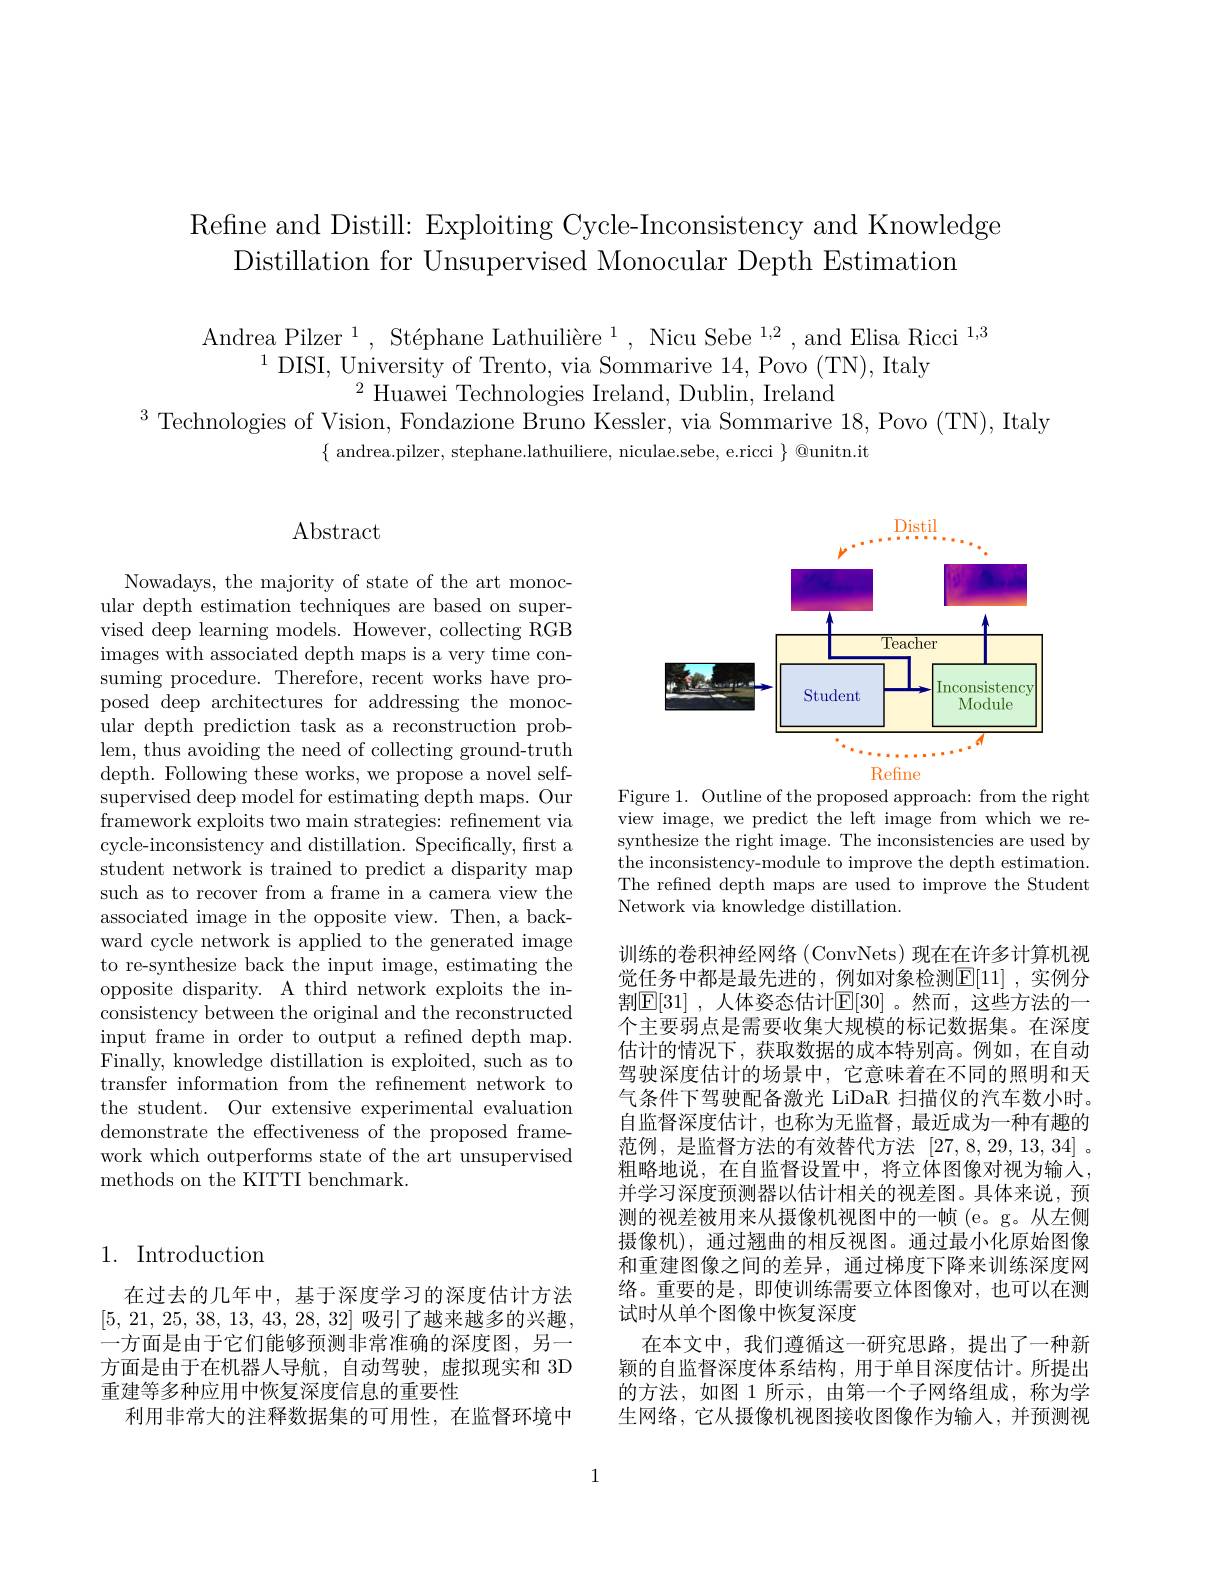
Refine and Distill: Exploiting Cycle-Inconsistency and Knowledge
Distillation for Unsupervised Monocular Depth Estimation

Andrea Pilzer$^1,\text{St\'{e}phaneLathuili\`{e}re}^1$,Nicu Sebe$^1,2$,andElisa Ricci$^1,3$
$^{1}$DISI, University of Trento, via Sommarive 14,Povo (TN), Italy
$^{2}$Huawei Technologies Ireland, Dublin, Ireland
$^{3}$Technologies of Vision, Fondazione Bruno Kessler, via Sommarive 18, Povo (TN), Italy
$\{$ andrea.pilzer, stephane.lathuiliere, niculae.sebe, e.ricci $\}$@unitn.it

# Abstract

<FigureHere>
Figure 1. Outline of the proposed approach: from the right

view image, we predict the left image from which we resynthesize the right image. The inconsistencies are used by the inconsistency-module to improve the depth estimation. The refined depth maps are used to improve the Student Network via knowledge distillation.

Nowadays, the majority of state of the art monocular depth estimation techniques are based on supervised deep learning models. However, collecting RGB images with associated depth maps is a very time consuming procedure. Therefore, recent works have proposed deep architectures for addressing the monocular depth prediction task as a reconstruction problem, thus avoiding the need of collecting ground-truth depth. Following these works, we propose a novel selfsupervised deep model for estimating depth maps. Our framework exploits two main strategies: refinement via cycle-inconsistency and distillation. Specifically, frst a student network is trained to predict a disparity map such as to recover from a frame in a camera view the associated image in the opposite view. Then, a backward cycle network is applied to the generated image to re-synthesize back the input image, estimating the opposite disparity. A third network exploits the inconsistency between the original and the reconstructed input frame in order to output a refined depth map. Finally, knowledge distillation is exploited, such as to transfer information from the refinement network to the student. Our extensive experimental evaluation demonstrate the effectiveness of the proposed framework which outperforms state of the art unsupervised methods on the KITTI benchmark.

训练的卷积神经网络(ConvNets)现在在许多计算机视觉任务中都是最先进的，例如对象检测$\boxed[11]$ ,实例分割$\boxed{\mathrm{E}}[31]$ ,人体姿态估计$\boxed{\mathrm{E}}[30]$ 。然而，这些方法的一个主要弱点是需要收集大规模的标记数据集。在深度估计的情况下，获取数据的成本特别高。例如，在自动驾驶深度估计的场景中，它意味着在不同的照明和天气条件下驾驶配备激光 LiDaR 扫描仪的汽车数小时。自监督深度估计，也称为无监督，最近成为一种有趣的范例，是监督方法的有效替代方法[27,8,29,13,34] 。粗略地说，在自监督设置中，将立体图像对视为输入， 并学习深度预测器以估计相关的视差图。具体来说，预测的视差被用来从摄像机视图中的一帧(e。g。从左侧摄像机),通过翘曲的相反视图。通过最小化原始图像和重建图像之间的差异，通过梯度下降来训练深度网络。重要的是，即使训练需要立体图像对，也可以在测试时从单个图像中恢复深度
在本文中，我们遵循这一研究思路，提出了一种新颖的自监督深度体系结构，用于单目深度估计。所提出的方法，如图 1 所示，由第一个子网络组成，称为学生网络，它从摄像机视图接收图像作为输入，并预测视

## 1. Introduction

在过去的几年中，基于深度学习的深度估计方法[5, 21, 25, 38, 13, 43, 28, 32] 吸引了越来越多的兴趣， 一方面是由于它们能够预测非常准确的深度图，另一方面是由于在机器人导航，自动驾驶，虚拟现实和 3D 重建等多种应用中恢复深度信息的重要性
利用非常大的注释数据集的可用性，在监督环境中

1